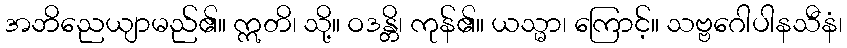
အဘိညေယျာမည်၏။ ဣတိ၊ သို့။ ဝဒန္တိ၊ ကုန်၏။ ယသ္မာ၊ ကြောင့်။ သဗ္ဗဂေါပါနသီနံ၊